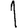
Digit: 1